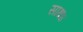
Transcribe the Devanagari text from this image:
साथ४